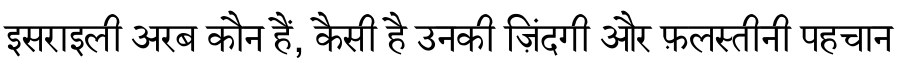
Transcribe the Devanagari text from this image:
इसराइली अरब कौन हैं, कैसी है उनकी ज़िंदगी और फ़लस्तीनी पहचान